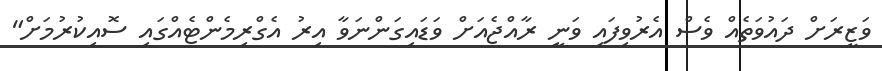
ވަޒީރަށް ދައުވަތެއް ވެސް އެރުވިފައި ވަނީ ރާއްޖެއަށް ވަޑައިގަންނަވާ އިރު އެގްރިމެންޓެއްގައި ސޮއިކުރުމަށް"